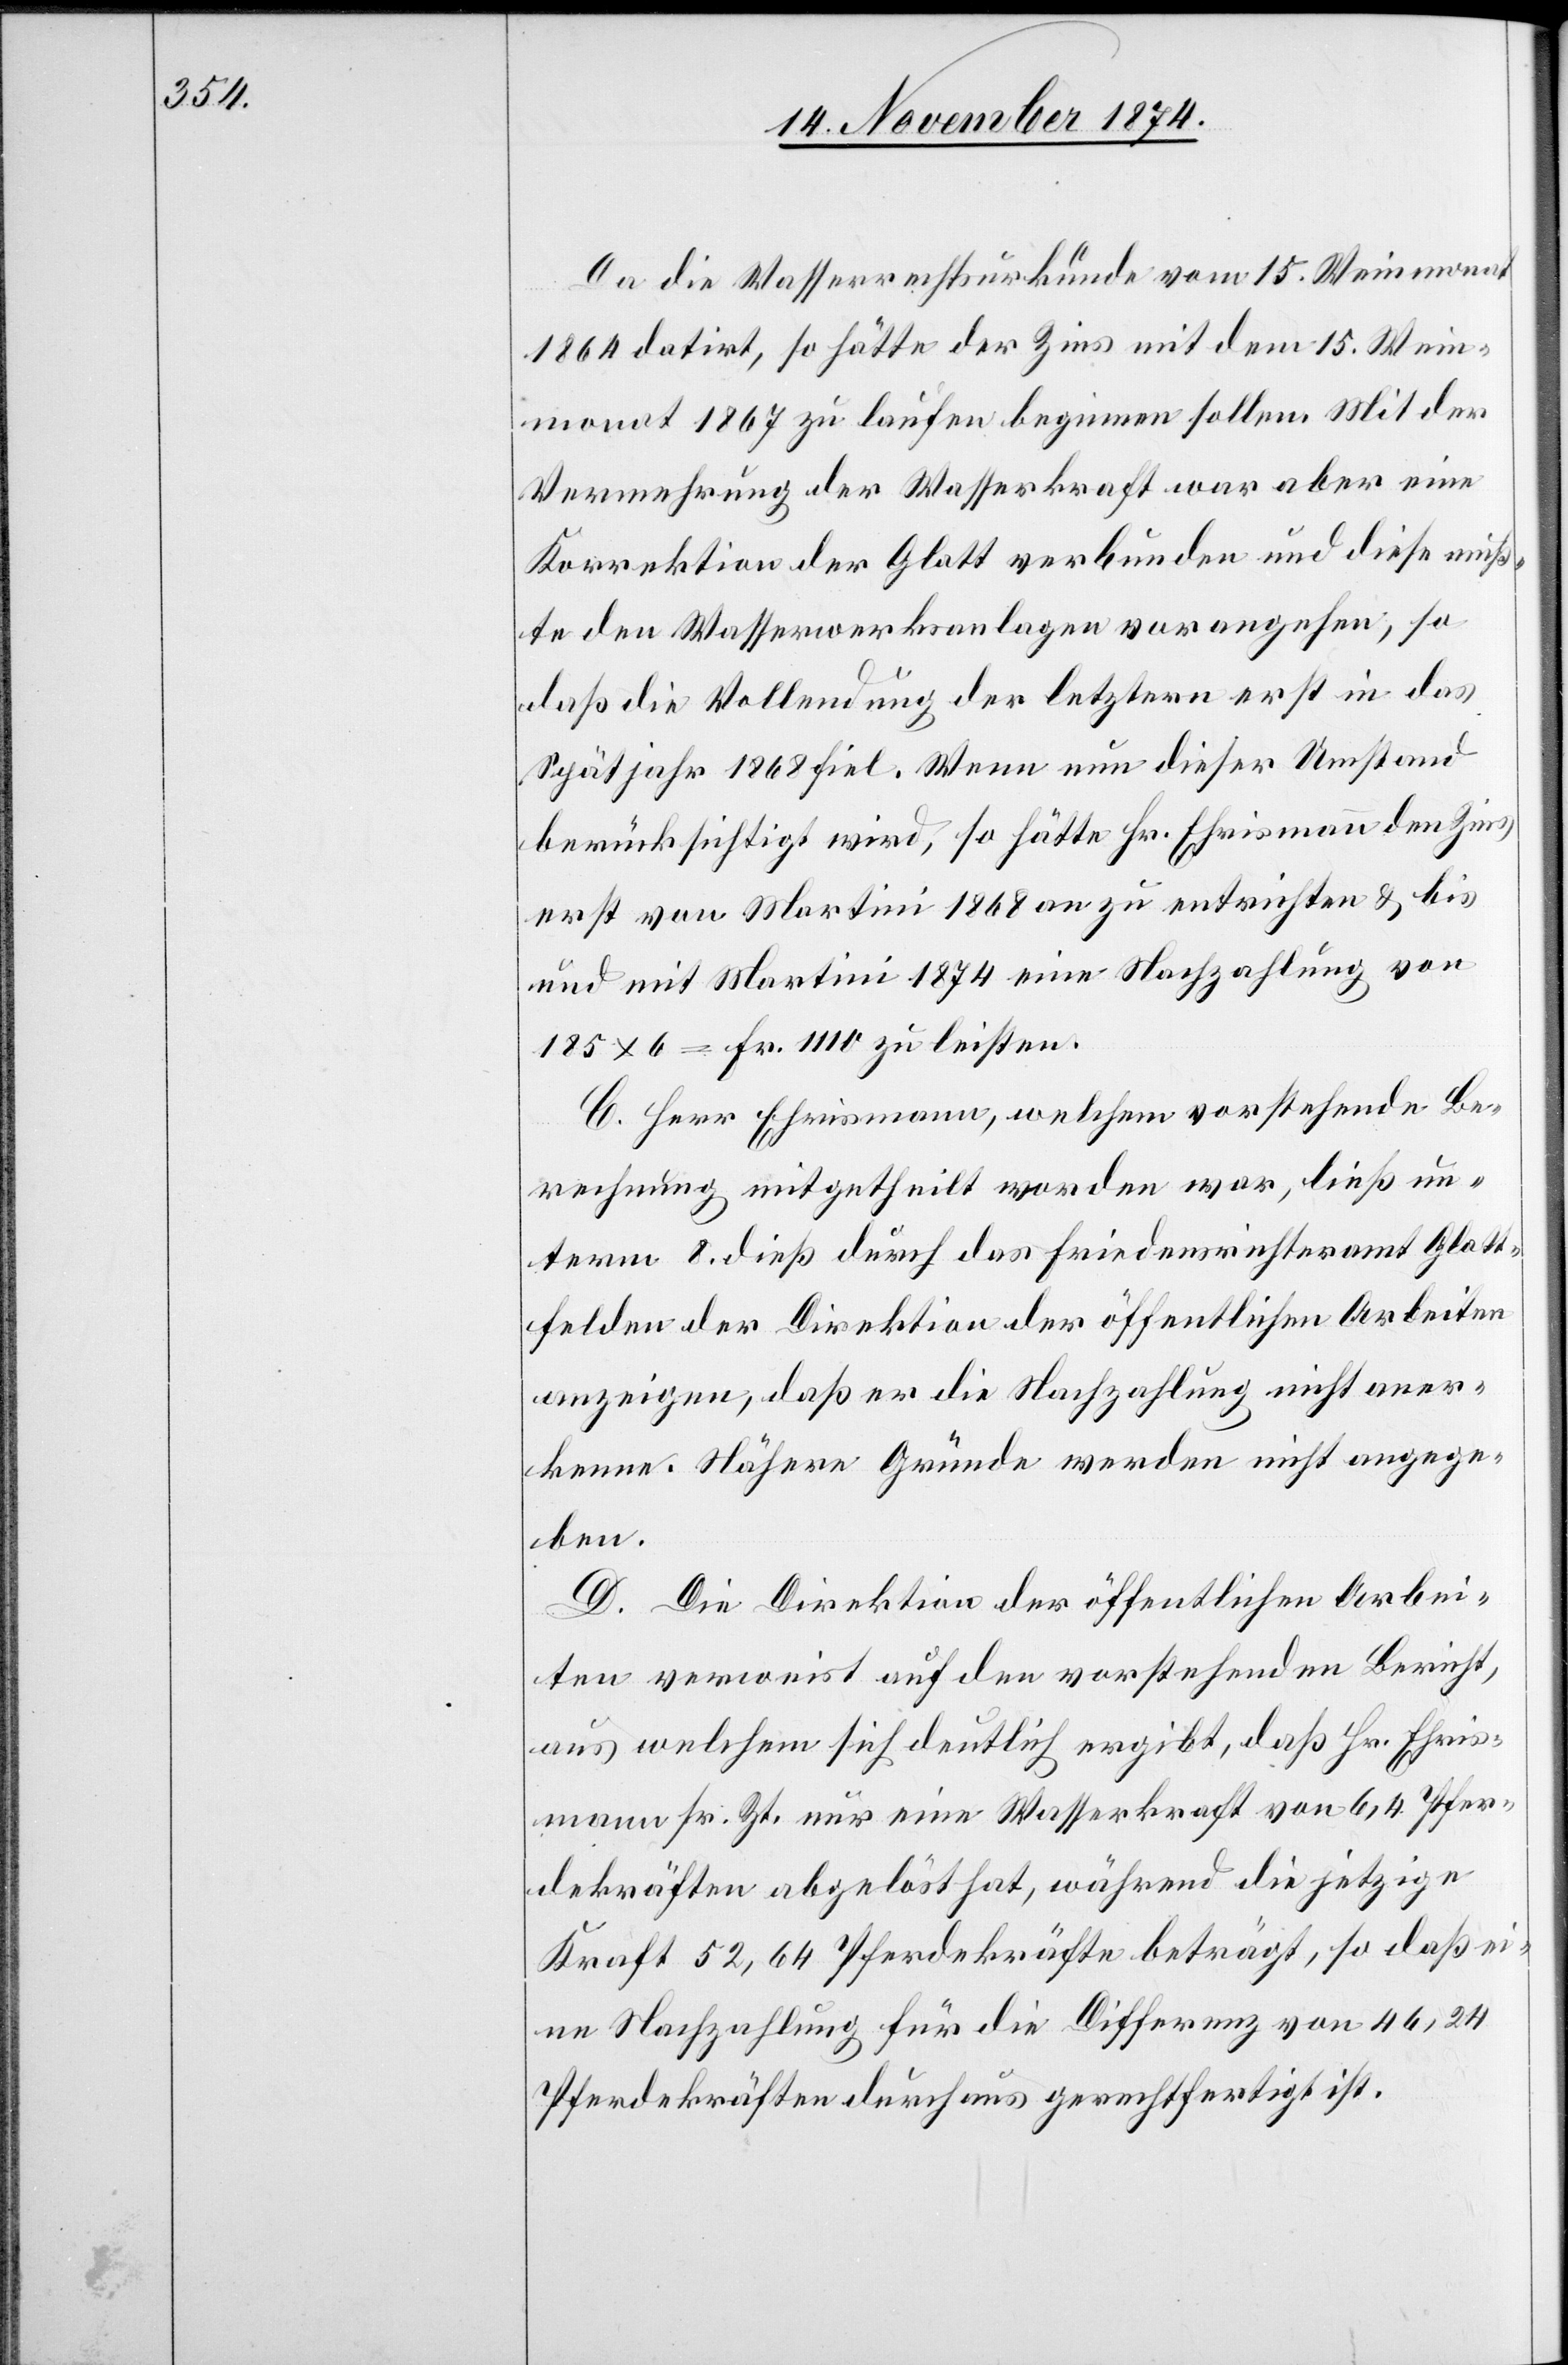
Da die Wasserrechtsurkunde vom 15. Weinmonat
1864 datirt, so hätte der Zins mit dem 15. Wein¬
monat 1867 zu laufen beginnen sollen. Mit der
Vermehrung der Wasserkraft war aber eine
Korrektion der Glatt verbunden und diese muß¬
te den Wasserwerksanlagen vorangehen, so
daß die Vollendung der letztern erst in das
Spätjahr 1868 fiel. Wenn nun dieser Umstand
berücksichtigt wird, so hätte Hr. Ehrismann den Zins
erst von Martini 1868 an zu entrichten & bis
und mit Martini 1874 eine Nachzahlung von
185 x 6 = Fr. 1110 zu leisten.
C. Herr Ehrismann, welchem vorstehende Be¬
rechnung mitgetheilt worden war, ließ un¬
term 8. dieß durch das Friedensrichteramt Glatt¬
felden der Direktion der öffentlichen Arbeiten
anzeigen, daß er die Nachzahlung nicht aner¬
kenne. Nähere Gründe werden nicht angege¬
ben.
D. Die Direktion der öffentlichen Arbei¬
ten verweist auf den vorstehenden Bericht,
aus welchem sich deutlich ergibt, daß Hr. Ehris¬
mann sr. Zt. nur eine Wasserkraft von 6,4 Pfer¬
dekräften abgelöst hat, während die jetzige
Kraft 52,64 Pferdekräfte beträgt, so daß ei¬
ne Nachzahlung für die Differenz von 46,24
Pferdekräften durchaus gerechtfertigt ist.